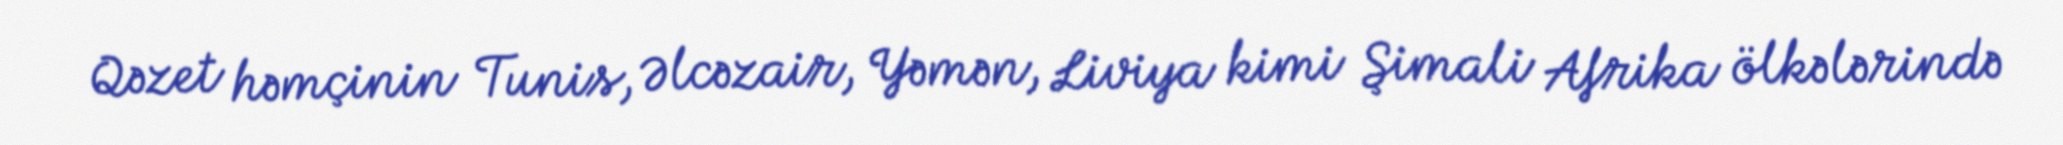
Qəzet həmçinin Tunis, Əlcəzair, Yəmən, Liviya kimi Şimali Afrika ölkələrində